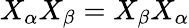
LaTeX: X_{\alpha}X_{\beta}=X_{\beta}X_{\alpha}